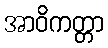
အာဝိကတ္တာ